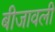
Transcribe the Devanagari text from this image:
बीजावली